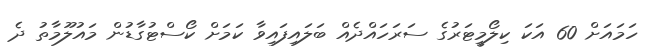
ހަމައަށް 60 އަކަ ކިލޯމީޓަރުގެ ސަރަހައްދެއް ބަލައިފައިވާ ކަމަށް ކޯސްޓުގާޑުން މައުލޫމާތު ދެ